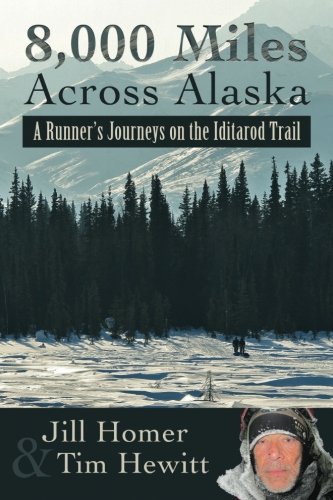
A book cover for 8,000 Miles Across Alaska: A Runner's Journeys on the Iditarod Trail; Jill Lynn Homer; Sports & Outdoors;